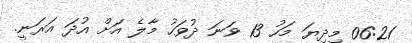
06:21 މިދިޔަ މަހު 13 ވަނަ ދުވަހު މާލެ އަށް އުދަ އަރަނީ.